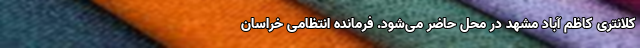
کلانتری کاظم آباد مشهد در محل حاضر می‌شود. فرمانده انتظامی خراسان